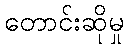
တောင်းဆိုမှု